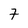
Character: 7